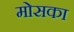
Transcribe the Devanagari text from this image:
मोसका